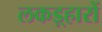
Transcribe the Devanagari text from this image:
लकड़्हारों